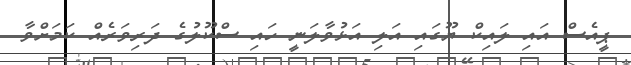
ޕީއެސް އައި ލައިކް ޔޫގައި އަލި އަޅުވާލަނީ ހައި ސްކޫލުގެ ދަރިވަރެއް ކަމަށްވާ